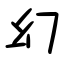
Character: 幻